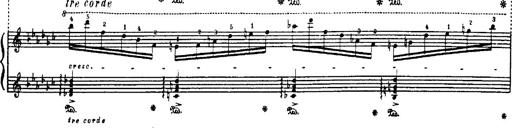
Title: Danza sacra e duetto finale dâ€™Aida
Composer: Franz Liszt